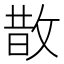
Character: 㪚